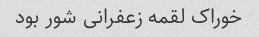
خوراک لقمه زعفرانى شور بود